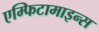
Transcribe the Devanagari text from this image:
एम्फिटामाइन्स